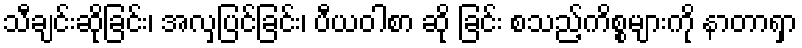
သီချင်းဆိုခြင်း၊ အလှပြင်ခြင်း၊ ပီယဝါစာ ဆို ခြင်း စသည့်ကိစ္စများကို နာတာရှာ